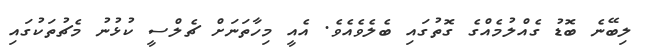
ލިބޭނެ ބޮޑު ގެއްލުމެއްގެ ގޮތުގައި ބެލެވެއެވެ. އެއީ މިހާތަނަށް ޗެލްސީ ކުޅުނު މެޗުތަކުގައި